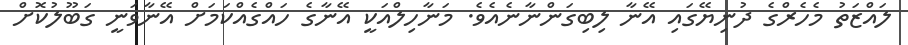
ލައްޒަތު މެހެރްގެ ދުނިޔޭގައި އޭނާ ލިބިގަންނާނެއެވެ. މަނާހިލްއަކީ އޭނާގެ ހައްގެއްކަމަށް އޭނާވަނީ ގަބޫލުކޮށް